Report of the King Institute of Preventive Medicine, Guindy
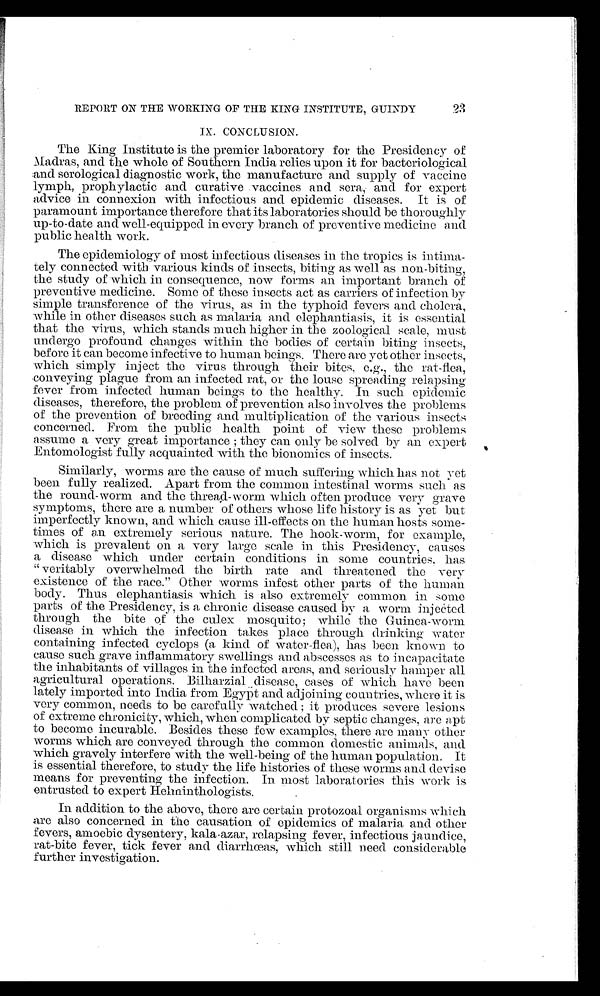
REPORT ON THE WORKING OF THE KING INSTITUTE, GUINDY
I X . C O N C L U S I O N .
The King Institute is the premier laboratory for the Presidency of
Madras, and the whole of Southern India relies upon it for bacteriological
and serological diagnostic work, the manufacture and supply of vaccine
lymph, prophylactic and curative vaccines and sera, and for expert
advice in connexion with infectious and epidemic diseases. It is of
paramount importance therefore that its laboratories should be thoroughly
up-to-date and well-equipped in every branch of preventive medicine and
public health work.
The epidemiology of most infectious diseases in the tropics is intima
-
tely connected with various kinds of insects, biting as well as non-biting,
the study of which in consequence, now forms an important branch of
preventive medicine. Some of these insects act as carriers of infection by
simple transference of the virus, as in the typhoid fevers and cholera,
while in other diseases such as malaria and elephantiasis, it is essential
that the virus, which stands much higher in the zoological scale, must
undergo profound changes within the bodies of certain biting insects,
before it can become infective to human beings. There are yet other insects,
which simply inject the virus through their bites, e.g., the rat-flea,
conveying plague from an infected rat, or the louse spreading relapsing
fever from infected human beings to the healthy. In such epidemic
diseases, therefore, the problem of prevention also involves the problems
of the prevention of breeding and multiplication of the various insects
concerned. From the public health point of view these problems
assume a very great importance; they can only be solved by an expert
Entomologist fully acquainted with the bionomics of insects.
Similarly, worms are the cause of much suffering which has not yet
been fully realized. Apart from the common intestinal worms such as
the round-worm and the thread-worm which often produce very grave
symptoms, there are a number of others whose life history is as yet but
imperfectly known, and which cause ill-effects on the human hosts some
-
times of an extremely serious nature. The hook-worm, for example,
which is prevalent on a very large scale in this Presidency, causes
a disease which under certain conditions in some countries, has
"veritably overwhelmed the birth rate and threatened the very
existence of the race." Other worms infest other parts of the human
body. Thus elephantiasis which is also extremely common in some
parts of the Presidency, is a chronic disease caused by a worm injected
through the bite of the culex mosquito; while the Guinea-worm
disease in which the infection takes place through drinking water
containing infected cyclops (a kind of water-flea), has been known to
cause such grave inflammatory swellings and abscesses as to incapacitate
the inhabitants of villages in the infected areas, and seriously hamper all
agricultural operations. Bilharzial disease, cases of which have been
lately imported into India from Egypt and adjoining countries, where it is
very common, needs to be carefully watched; it produces severe lesions
of extreme chronicity, which, when complicated by septic changes, are apt
to become incurable. Besides these few examples, there are many other
worms which are conveyed through the common domestic animals, and
which gravely interfere with the well-being of the human population. It
is essential therefore, to study the life histories of these worms and devise
means for preventing the infection. In most laboratories this work is
entrusted to expert Helminthologists.
In addition to the above, there are certain protozoal organisms which
are also concerned in the causation of epidemics of malaria and other
fevers, amoebic dysentery, kala-azar, relapsing fever, infectious jaundice,
rat-bite fever, tick fever and diarrhœas, which still need considerable
further investigation.